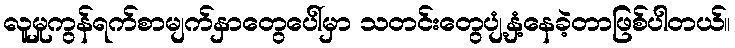
လူမှုကွန်ရက်စာမျက်နှာတွေပေါ်မှာ သတင်းတွေပျံ့နှံ့နေခဲ့တာဖြစ်ပါတယ်။